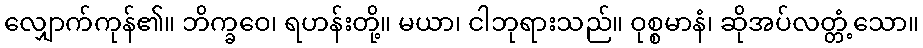
လျှောက်ကုန်၏။ ဘိက္ခဝေ၊ ရဟန်းတို့။ မယာ၊ ငါဘုရားသည်။ ဝုစ္စမာနံ၊ ဆိုအပ်လတ္တံ့သော။